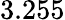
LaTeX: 3.255